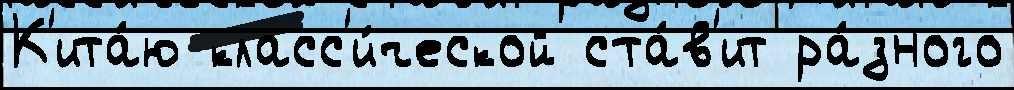
К'ита́ю класс'и́ческой ста́в'ит ра́зного